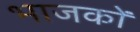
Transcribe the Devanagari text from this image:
भाजकों